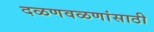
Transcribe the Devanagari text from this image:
दळणवळणांसाठी